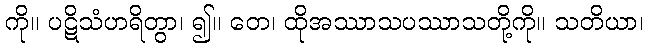
ကို။ ပဋိသံဟရိတွာ၊ ၍။ တေ၊ ထိုအဿာသပဿာသတို့ကို။ သတိယာ၊